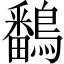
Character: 鷭